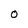
Character: 0